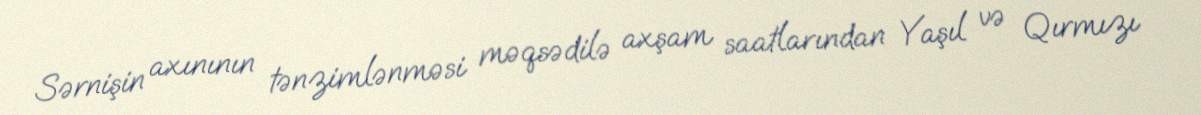
Sərnişin axınının tənzimlənməsi məqsədilə axşam saatlarından Yaşıl və Qırmızı